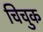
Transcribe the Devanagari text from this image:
चिचुक